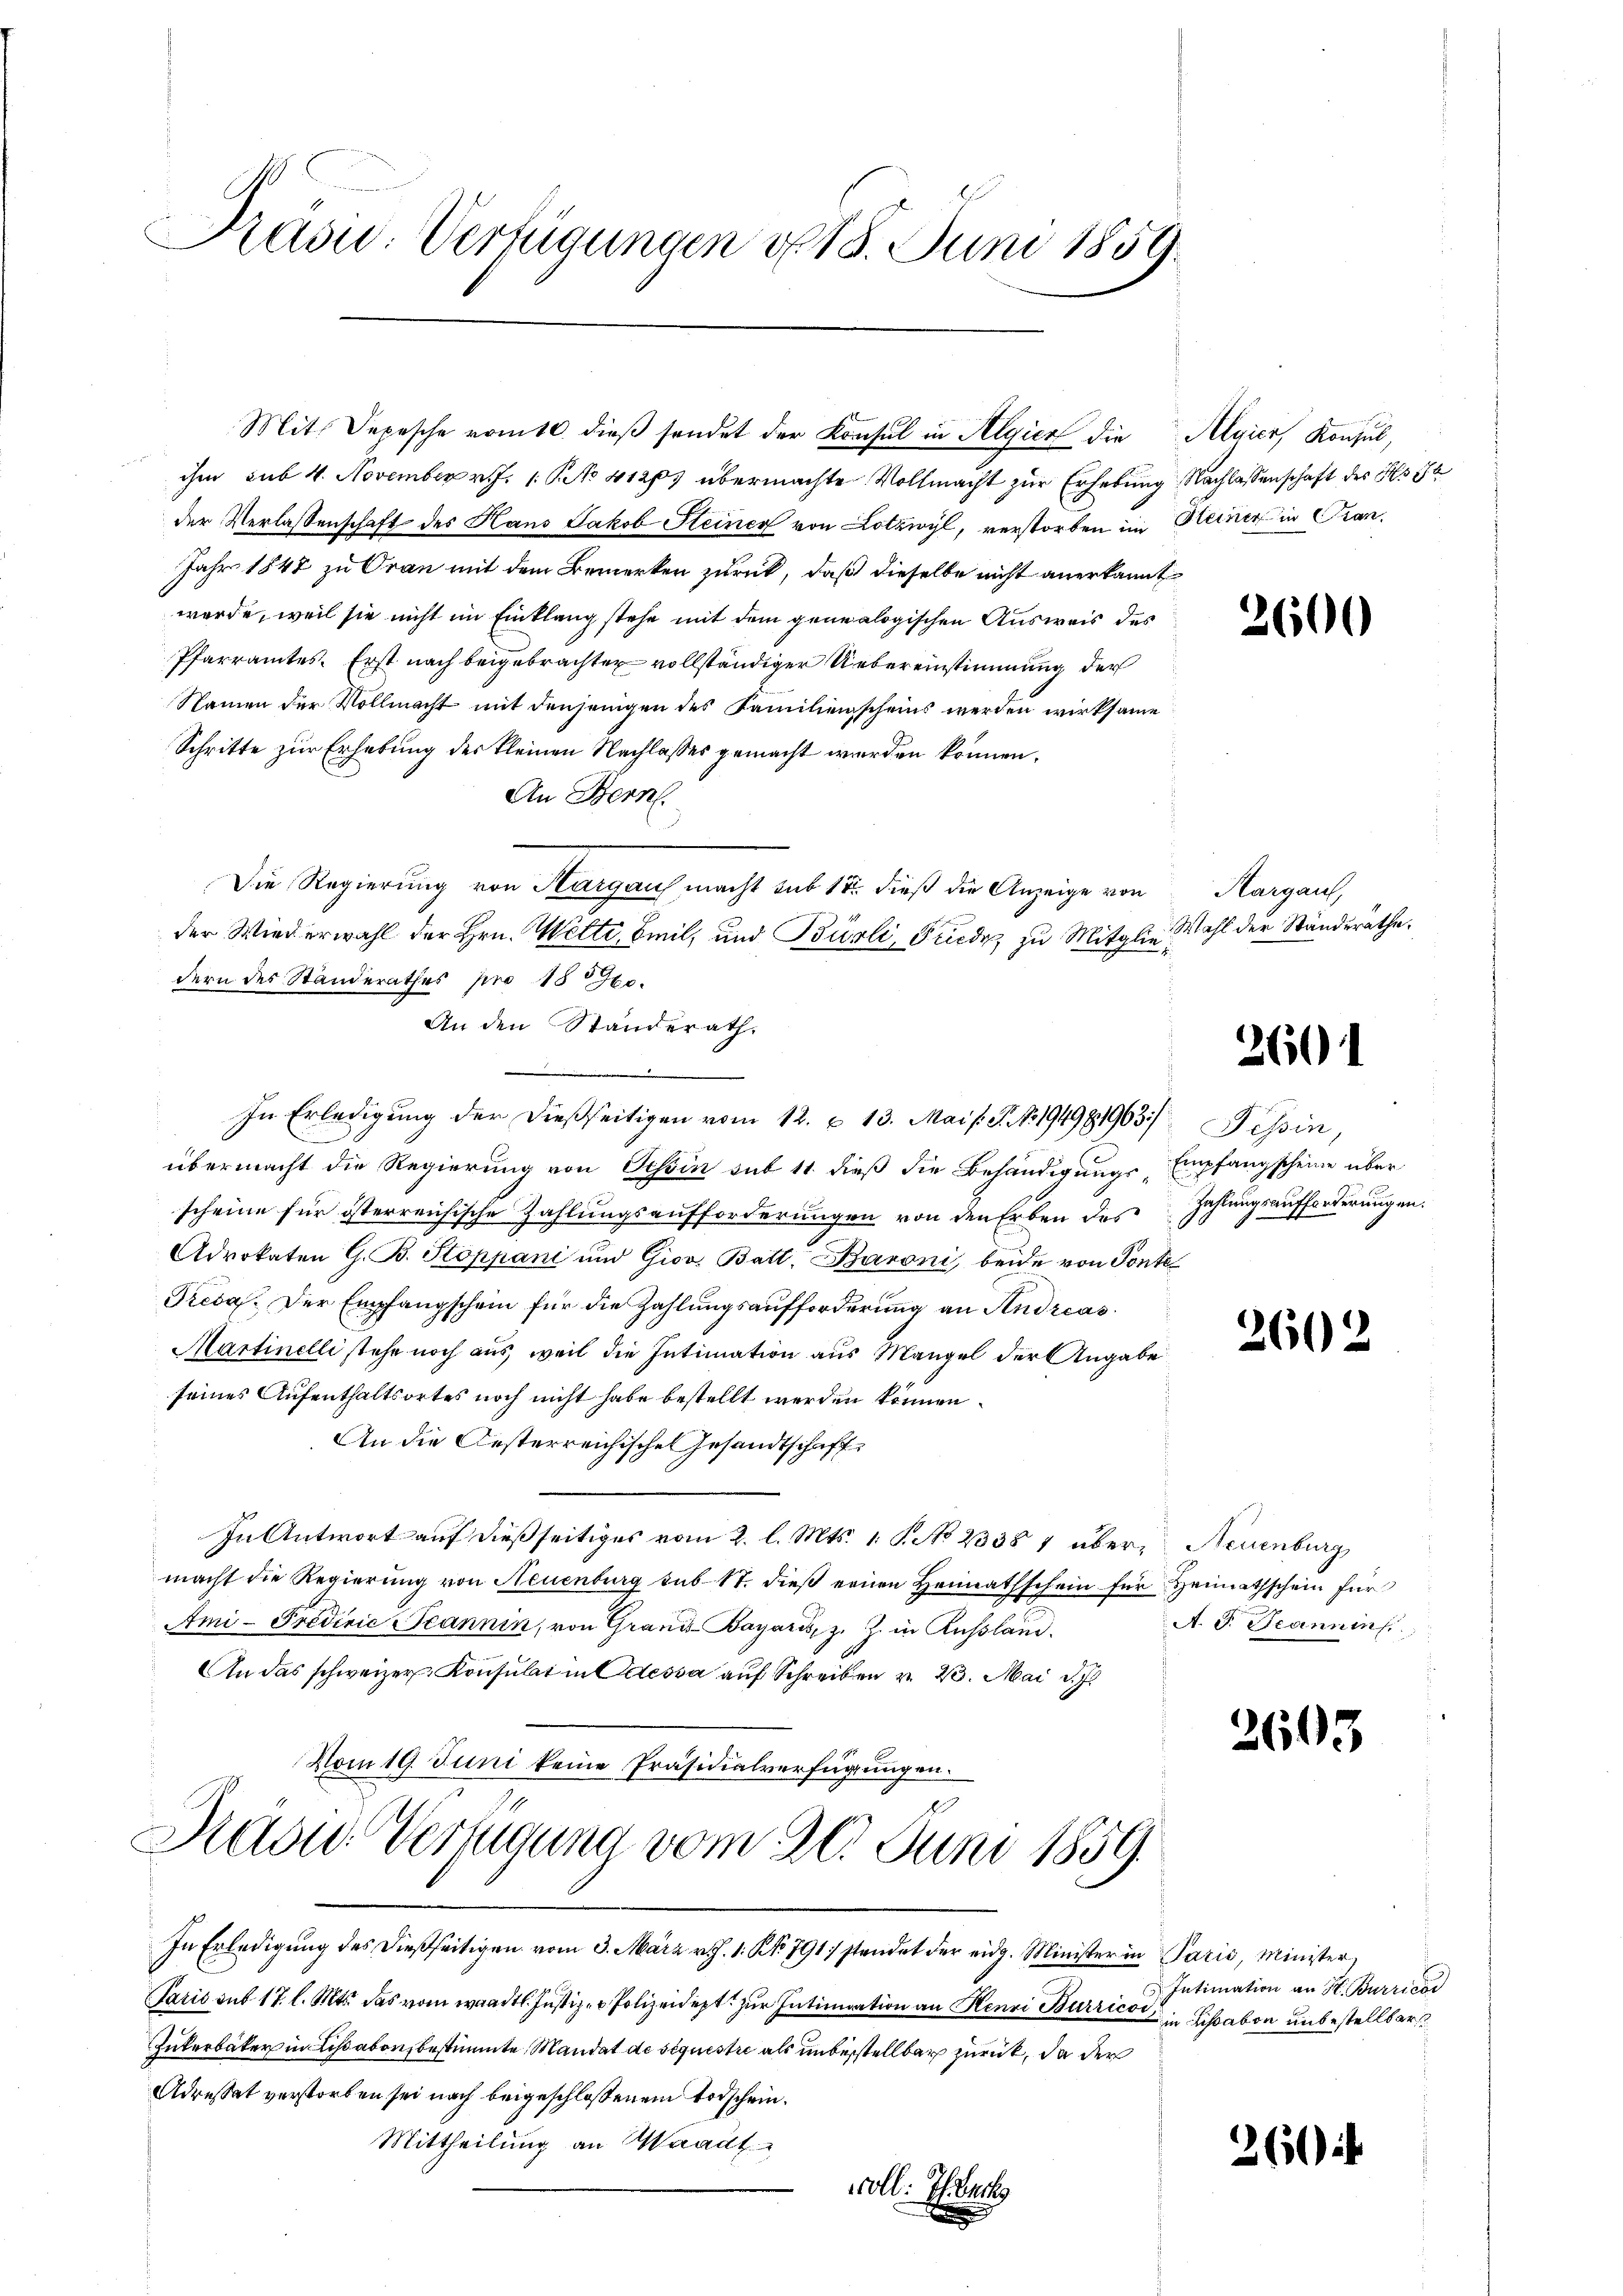
Präsid.. Verfügungen v. 18. Juni 1859.

Mit. Depesche vom 16. dieß sendet der Konsul in Algier die
ihm sub 4. November v. J. 1. No 41205 übermachte Vollmacht zur Erhebung Nachlassenschaft des No 1
der Verlassenschaft des Haus Jakob Steiner von Lotzwyl, verstorben im
Jahr 1848 zu Oran mit dem Bemerken zurück, daß dieselbe nicht anerkannt
werde, weil sie nicht im Einklang stehe mit dem genealogischen Ausweis des
Pfarramtes. Erst nach beigebrachter vollständiger Uebereinstimmung der
Namen der Vollmacht mit denjenigen des Familienscheins werden wirksame
Schritte zur Erhebung des kleinen Nachlasses gemacht werden können.
An Bern.
Die Regierung von Aargaus macht sub 18. dieß die Anzeige von
der Wiederwahl der Hrn. Welti, Beil, und Burli, Friede zu Mitgliedern des Standerathes pro 1870.
An den Standerath.
In Erledigung der dießseitigen vom 12. & 13. Mai (T.1194981963. Tessin,
übermacht die Regierung von Tessin sub 11 dieß die Behändigungsscheine für österreichische Zahlungsaufforderungen von den Erben des
Advokaten G. B. Stoppani und Giov. Batt. Baroni, beide von Ponte
Freda. Der Empfangschein für die Zahlungsaufforderung an Andreas
Martinelli stehe noch aus weil die Intimation aus Mangel der Angabe
seines Aufenthaltsortes noch nicht habe bestellt werden können.
An die Oesterreichische Gesandtschaff
In Antwort auf dießseitiges vom 2. l. Mts. 1. P. No 23381 über, Neuenburg
macht die Regierŭng von Neuenburg sub. 17. dieβ einen Heimathschein für Heimathschein für
Ami- Predivić Scannin, von Grand-Bayars, z. Z. in Russland.
An das schweizer Konsulat in Odessa auf Schreiben v. 23. Mai d. Js.
Vom 19. Juni keine Präsidialverfügungen.
Druon Verfügung vom 20. Juni 1859.
In Erledigung des dießseitigen vom 3. März rt. 1. No. 791 standet der eidg. Minister in Parić, Minister.
Paris sub 17. l. Mts. das vom waadtl. Justizer Polizeidept zur Intimation an Henri Burrico in Lissabon unbestellbar
Zukerbäker in Lisabon, bestimmte Mandat de séquestre als unbestellbar zurück, da der
Adressat verstorben sei nach beigeschlossenem Todschein.
Mittheilung an Waadt
roll: Th. Beck

Algier, Konsul,
Steiner in Cran.

2600

Aargau,
Wahl der Ständeräthe.

2601

Empfangscheine über
Zahlungsaufforderungen.

2602

A. J. Jeannin

2603

Intimation an H. Burricos

360